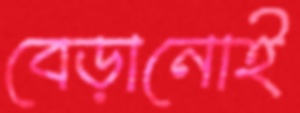
বেড়ানোই